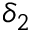
\delta _ { 2 }